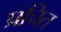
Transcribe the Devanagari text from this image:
प्रचित